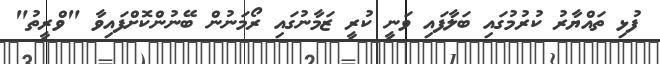
ފުޅި ތައްޔާރު ކުރުމުގައި ބަލާފައި ވަނީ ކުރީ ޒަމާނުގައި ރޯމަނުން ބޭނުންކޮށްފައިވާ "ވްރީތު"